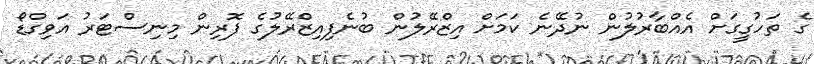
ގެ ތަހުގީގަށް އެއްބާރުލުން ނުދޭނެ ކަމަށް އިޒްރޭލުން ބުނެފިއިޒްރޭލުގެ ފޮރިން މިނިސްޓަރު އަވިގްޑޯ